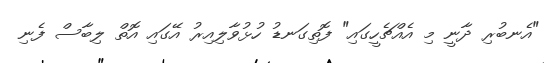
"އެނބުރި ދާނީ މި އެއްޗެހީގައި" ފޮތިގަނޑު ހުޅުވާލިއިރު އޭގައި އޮތް ލިބާސް ފެނި